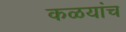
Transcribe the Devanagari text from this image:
कळयांच